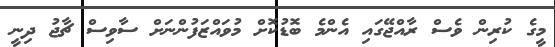
މީގެ ކުރިން ވެސް ރާއްޖޭގައި އެންމެ ބޮޑުކޮށް މުވައްޒަފުންނަށް ސާވިސް ޗާޖު ދިނީ